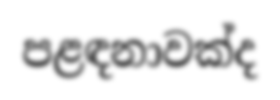
පළඳනාවක්ද